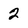
Character: 2